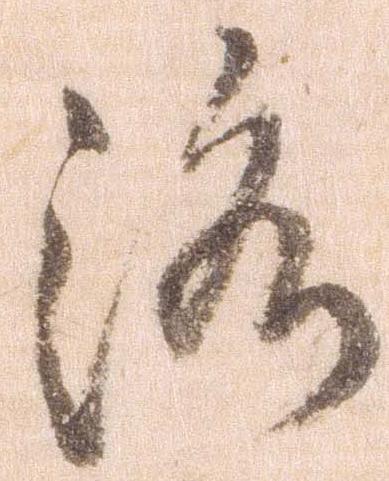
洛